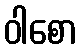
ဝါစော